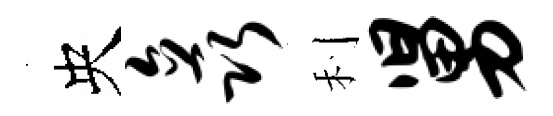
央矗利舅